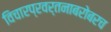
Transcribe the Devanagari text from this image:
विचारप्रवर्तनाबरोबरच